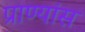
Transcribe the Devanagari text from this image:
प्राण्यांस